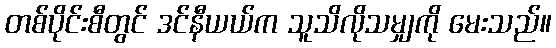
တစ်ပိုင်းစီတွင် ဒင်နီယယ်က သူသိလိုသမျှကို မေးသည်။